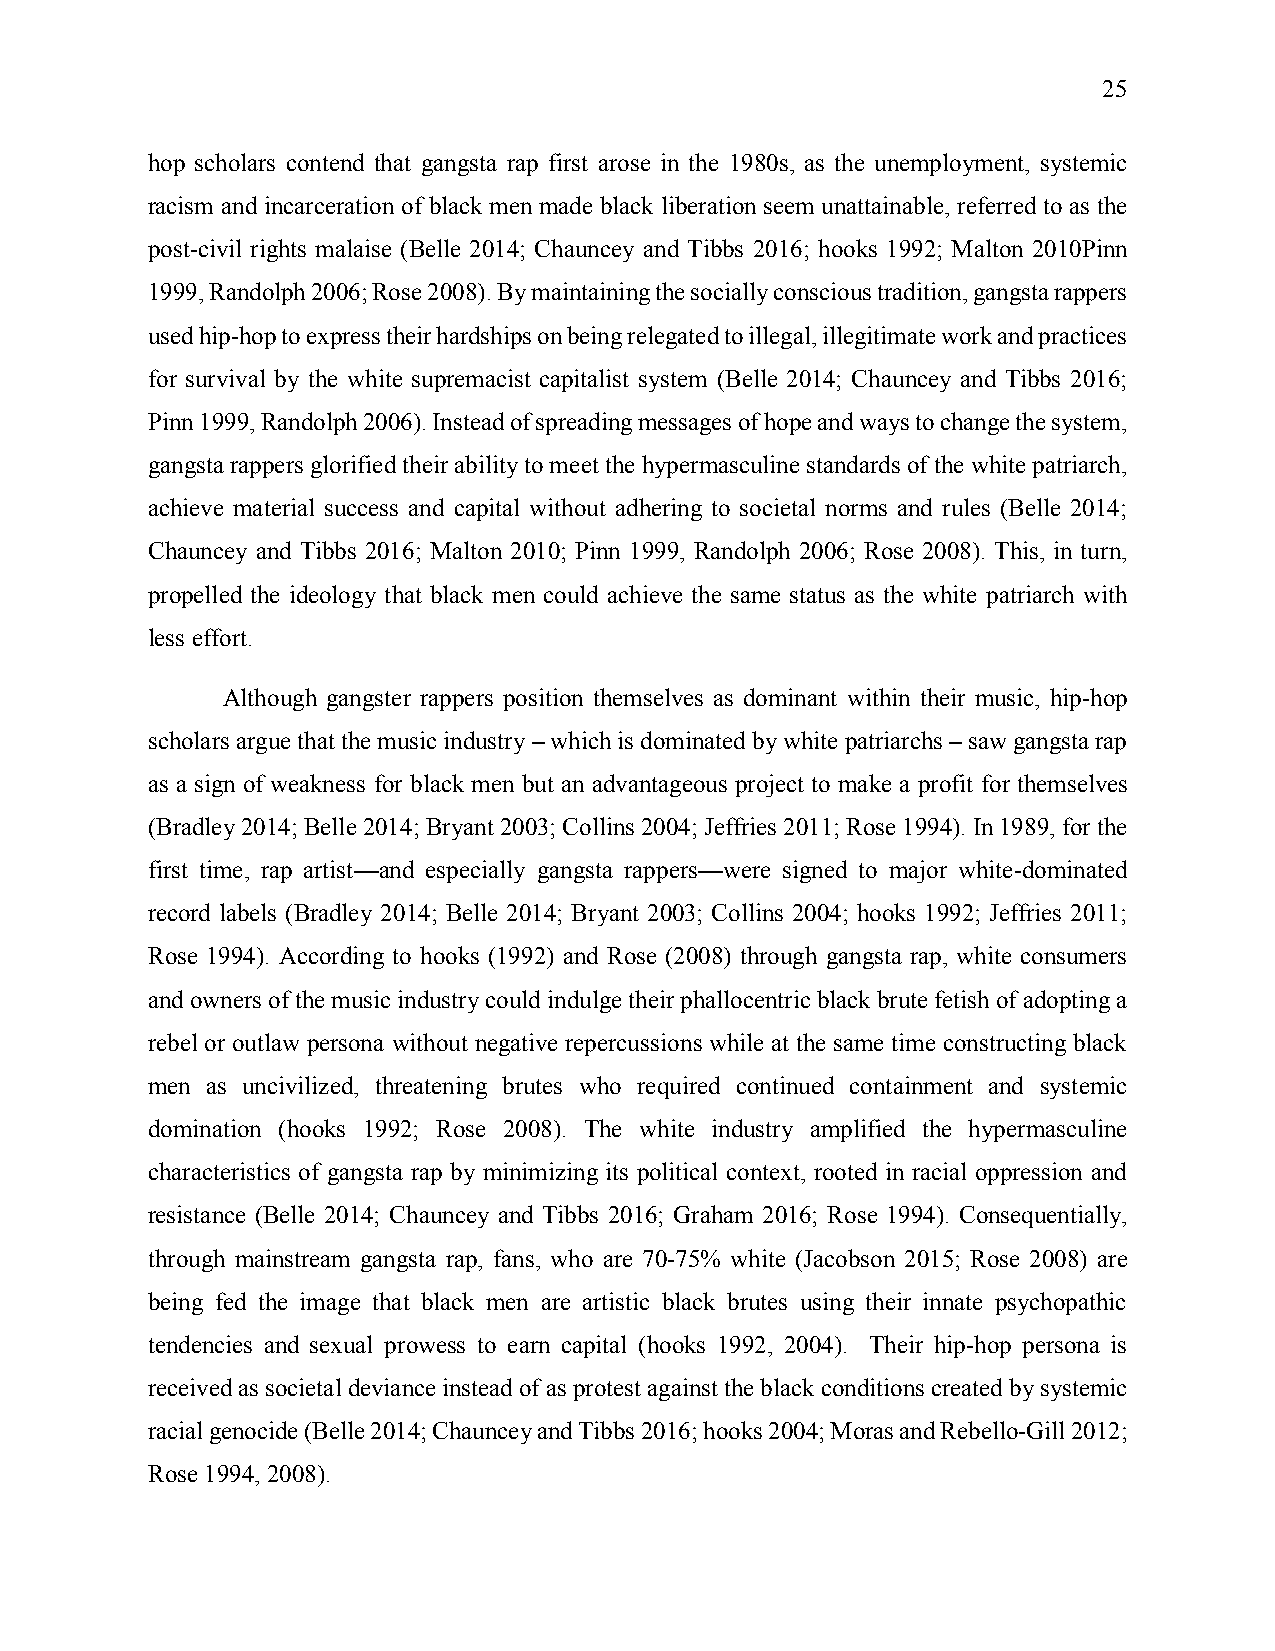
25
 hop scholars contend that gangsta rap first arose in the 1980s, as the unemployment, systemic
 racism and incarceration of black men made black liberation seem unattainable, referred to as the
 post-civil rights malaise (Belle 2014; Chauncey and Tibbs 2016; hooks 1992; Malton 2010Pinn
 1999, Randolph 2006; Rose 2008). By maintaining the socially conscious tradition, gangsta rappers
 used hip-hop to express their hardships on being relegated to illegal, illegitimate work and practices
 for survival by the white supremacist capitalist system (Belle 2014; Chauncey and Tibbs 2016;
 Pinn 1999, Randolph 2006). Instead of spreading messages of hope and ways to change the system,
 gangsta rappers glorified their ability to meet the hypermasculine standards of the white patriarch,
 achieve material success and capital without adhering to societal norms and rules (Belle 2014;
 Chauncey and Tibbs 2016; Malton 2010; Pinn 1999, Randolph 2006; Rose 2008). This, in turn,
 propelled the ideology that black men could achieve the same status as the white patriarch with
 less effort.
 Although gangster rappers position themselves as dominant within their music, hip-hop
 scholars argue that the music industry – which is dominated by white patriarchs – saw gangsta rap
 as a sign of weakness for black men but an advantageous project to make a profit for themselves
 (Bradley 2014; Belle 2014; Bryant 2003; Collins 2004; Jeffries 2011; Rose 1994). In 1989, for the
 first time, rap artist—and especially gangsta rappers—were signed to major white-dominated
 record labels (Bradley 2014; Belle 2014; Bryant 2003; Collins 2004; hooks 1992; Jeffries 2011;
 Rose 1994). According to hooks (1992) and Rose (2008) through gangsta rap, white consumers
 and owners of the music industry could indulge their phallocentric black brute fetish of adopting a
 rebel or outlaw persona without negative repercussions while at the same time constructing black
 men as uncivilized, threatening brutes who required continued containment and systemic
 domination (hooks 1992; Rose 2008). The white industry amplified the hypermasculine
 characteristics of gangsta rap by minimizing its political context, rooted in racial oppression and
 resistance (Belle 2014; Chauncey and Tibbs 2016; Graham 2016; Rose 1994). Consequentially,
 through mainstream gangsta rap, fans, who are 70-75% white (Jacobson 2015; Rose 2008) are
 being fed the image that black men are artistic black brutes using their innate psychopathic
 tendencies and sexual prowess to earn capital (hooks 1992, 2004). Their hip-hop persona is
 received as societal deviance instead of as protest against the black conditions created by systemic
 racial genocide (Belle 2014; Chauncey and Tibbs 2016; hooks 2004; Moras and Rebello-Gill 2012;
 Rose 1994, 2008).